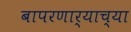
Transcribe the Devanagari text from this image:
बापरणार्‍याच्या